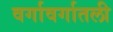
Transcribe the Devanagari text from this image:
वर्गावर्गातली